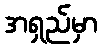
အရှည်မှာ